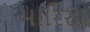
મારિસા